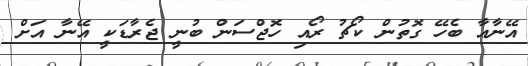
އޭނާއާ ބެހޭ ގޮތުން ކޯޗު ރޯއި ހޮޖްސަން ބުނީ ޖެރާޑަކީ އޭނާ އަށް